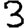
Digit: 3